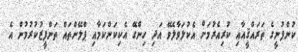
ކުންފުނީގެ ތަރައްޤީއާއި ކުރިއެރުމަށް އެކުލަވާލެވޭ އަދި ހިންގޭ އެކިކަންކަމާއި ޕްލޭންތައް ތަންފީޒުކުރުމުން އެ